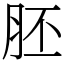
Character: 胚